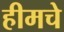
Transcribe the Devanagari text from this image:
हीमचे